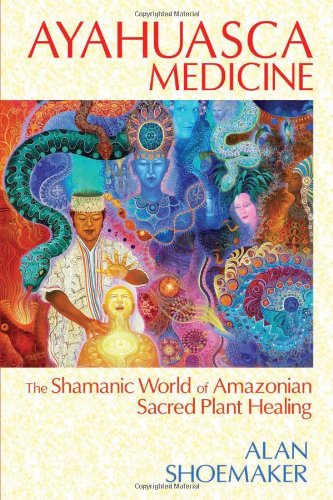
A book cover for Ayahuasca Medicine: The Shamanic World of Amazonian Sacred Plant Healing; Alan Shoemaker; Religion & Spirituality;